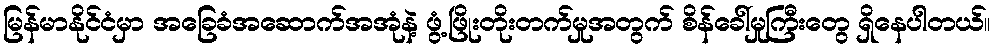
မြန်မာနိုင်ငံမှာ အခြေခံအဆောက်အအုံနဲ့ ဖွံ့ဖြိုးတိုးတက်မှုအတွက် စိန်ခေါ်မှုကြီးတွေ ရှိနေပါတယ်။